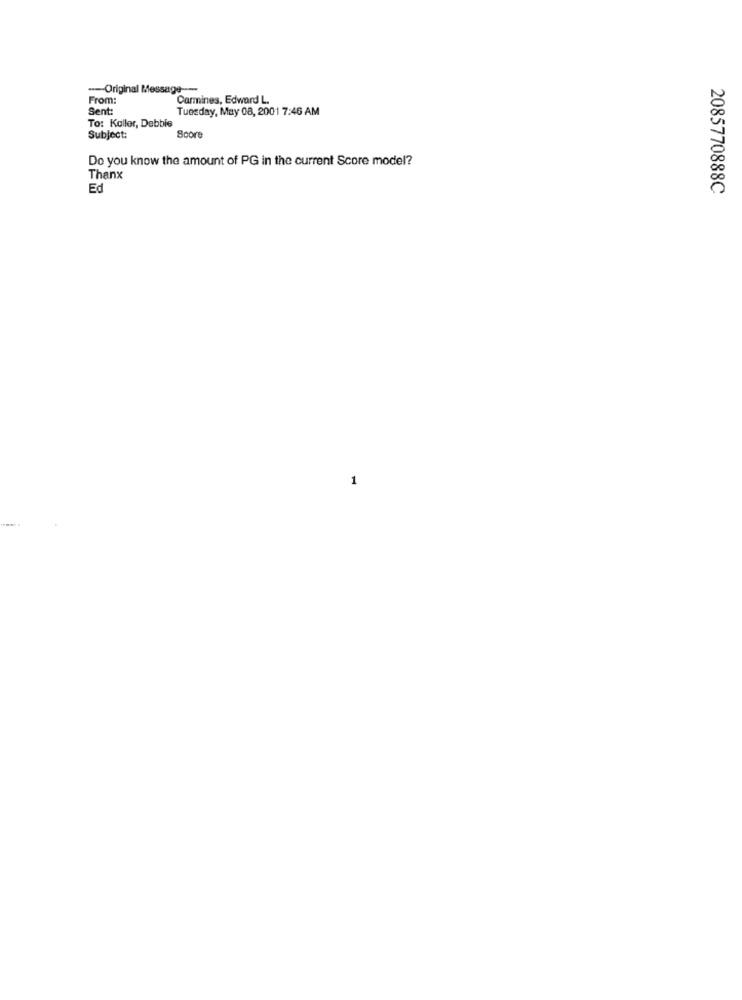
--- Original Message --
From:
Carmines, Edward L.
Sent:
Tuesday, May 08, 2001 7:46 AM
To: Kaller, Debbie
Subject:
Score
Do you know the amount of PG in the current Score model?
Thanx
Ed
2085770888C
1